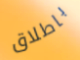
باطلاق